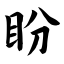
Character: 盼